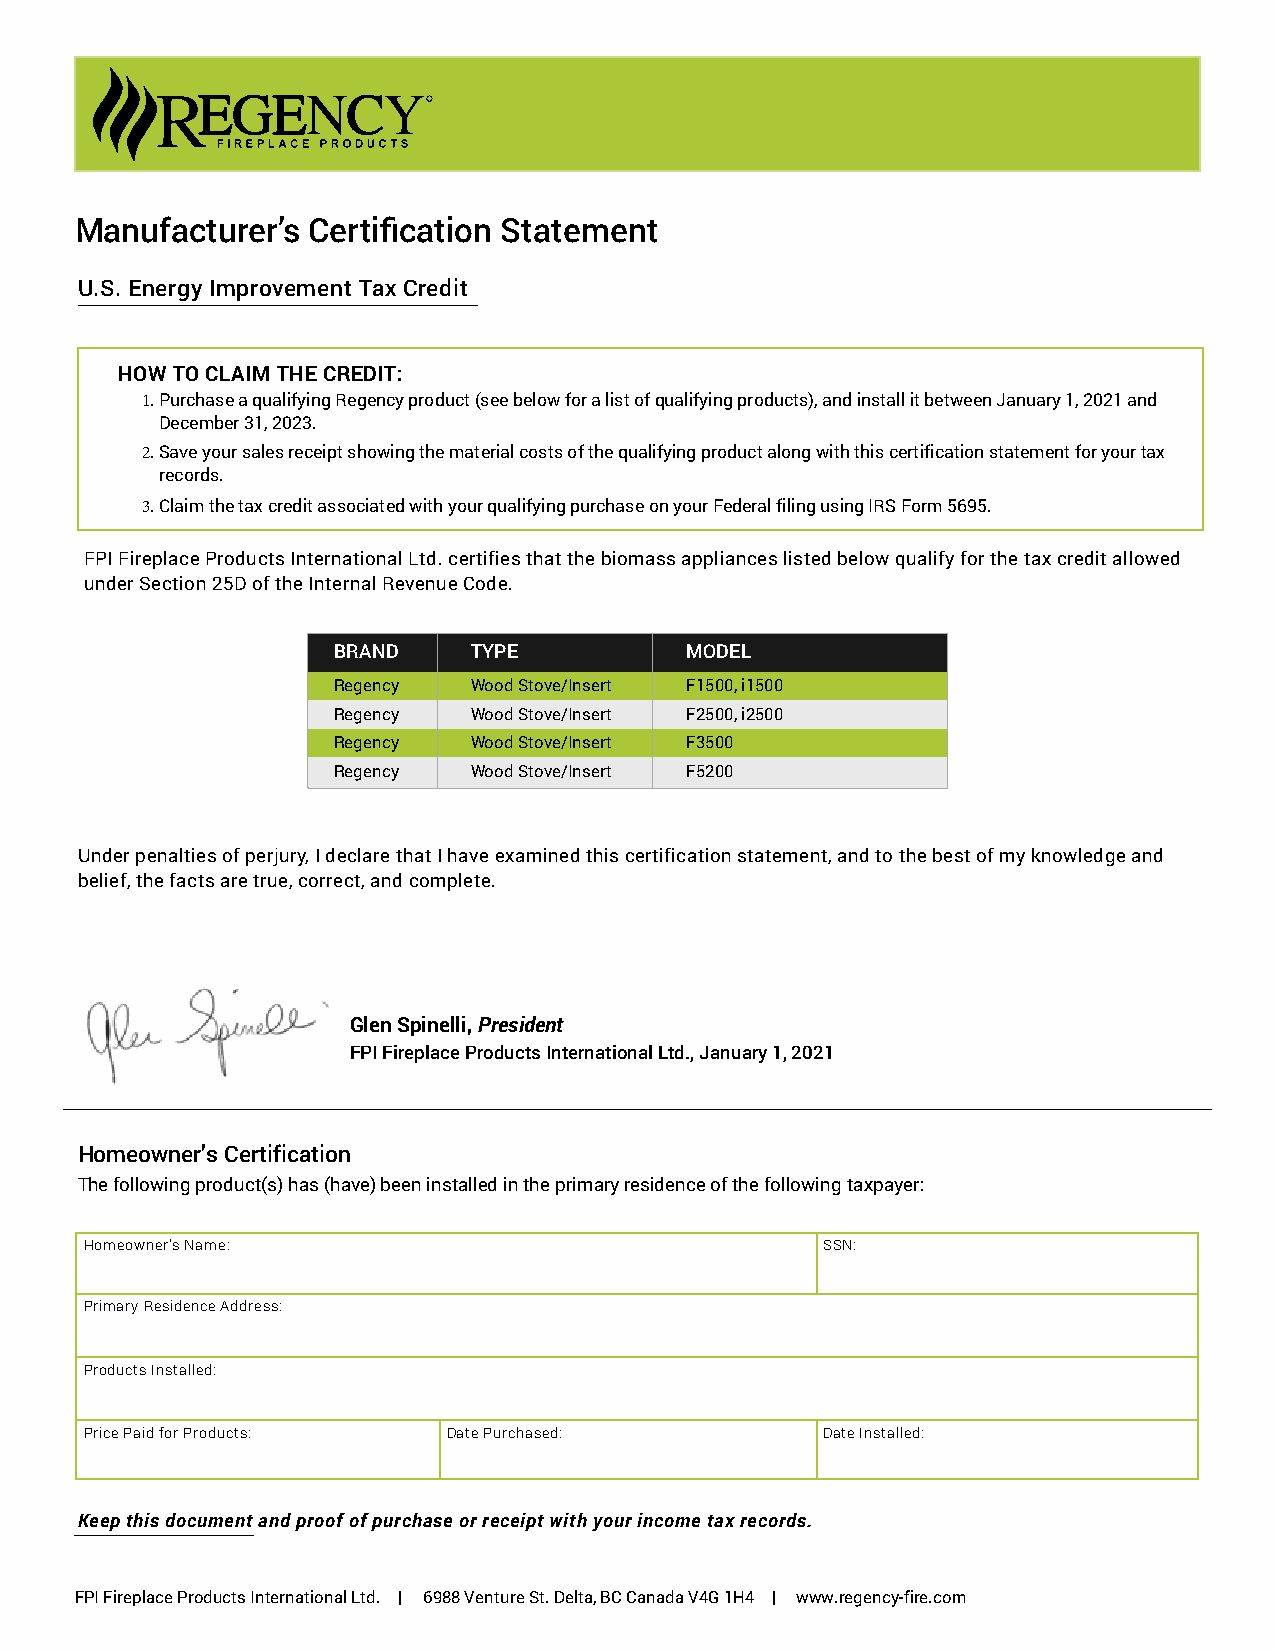
Manufacturer’s Certification Statement
 U.S. Energy Improvement Tax Credit
 HOW TO CLAIM THE CREDIT:
 1.Purchase a qualifying Regency product (see below for a list of qualifying products), and install it between January 1, 2021 and
 December 31, 2023.
 2.Save your sales receipt showing the material costs of the qualifying product along with this certification statement for your tax
 records.
 3.Claim the tax credit associated with your qualifying purchase on your Federal filing using IRS Form 5695.
 FPI Fireplace Products International Ltd. certifies that the biomass appliances listed below qualify for the tax credit allowed
 under Section 25D of the Internal Revenue Code.
 BRAND    TYPE          MODEL
 Regency  Wood Stove/Insert F1500, i1500
 Regency  Wood Stove/Insert F2500, i2500
 Regency  Wood Stove/Insert F3500
 Regency  Wood Stove/Insert F5200
 Under penalties of perjury, I declare that I have examined this certification statement, and to the best of my knowledge and
 belief, the facts are true, correct, and complete.
 Glen Spinelli, President
 FPI Fireplace Products International Ltd., January 1, 2021
 Homeowner’s Certification
 The following product(s) has (have) been installed in the primary residence of the following taxpayer:
 Homeowner’s Name:                                SSN:
 Primary Residence Address:
 Products Installed:
 Price Paid for Products: Date Purchased:         Date Installed:
 Keep this document and proof of purchase or receipt with your income tax records.
 FPI Fireplace Products International Ltd. | 6988 Venture St. Delta, BC Canada V4G 1H4 | www.regency-fire.com